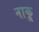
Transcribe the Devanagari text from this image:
नाकू